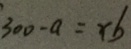
3 0 0 - a = x b